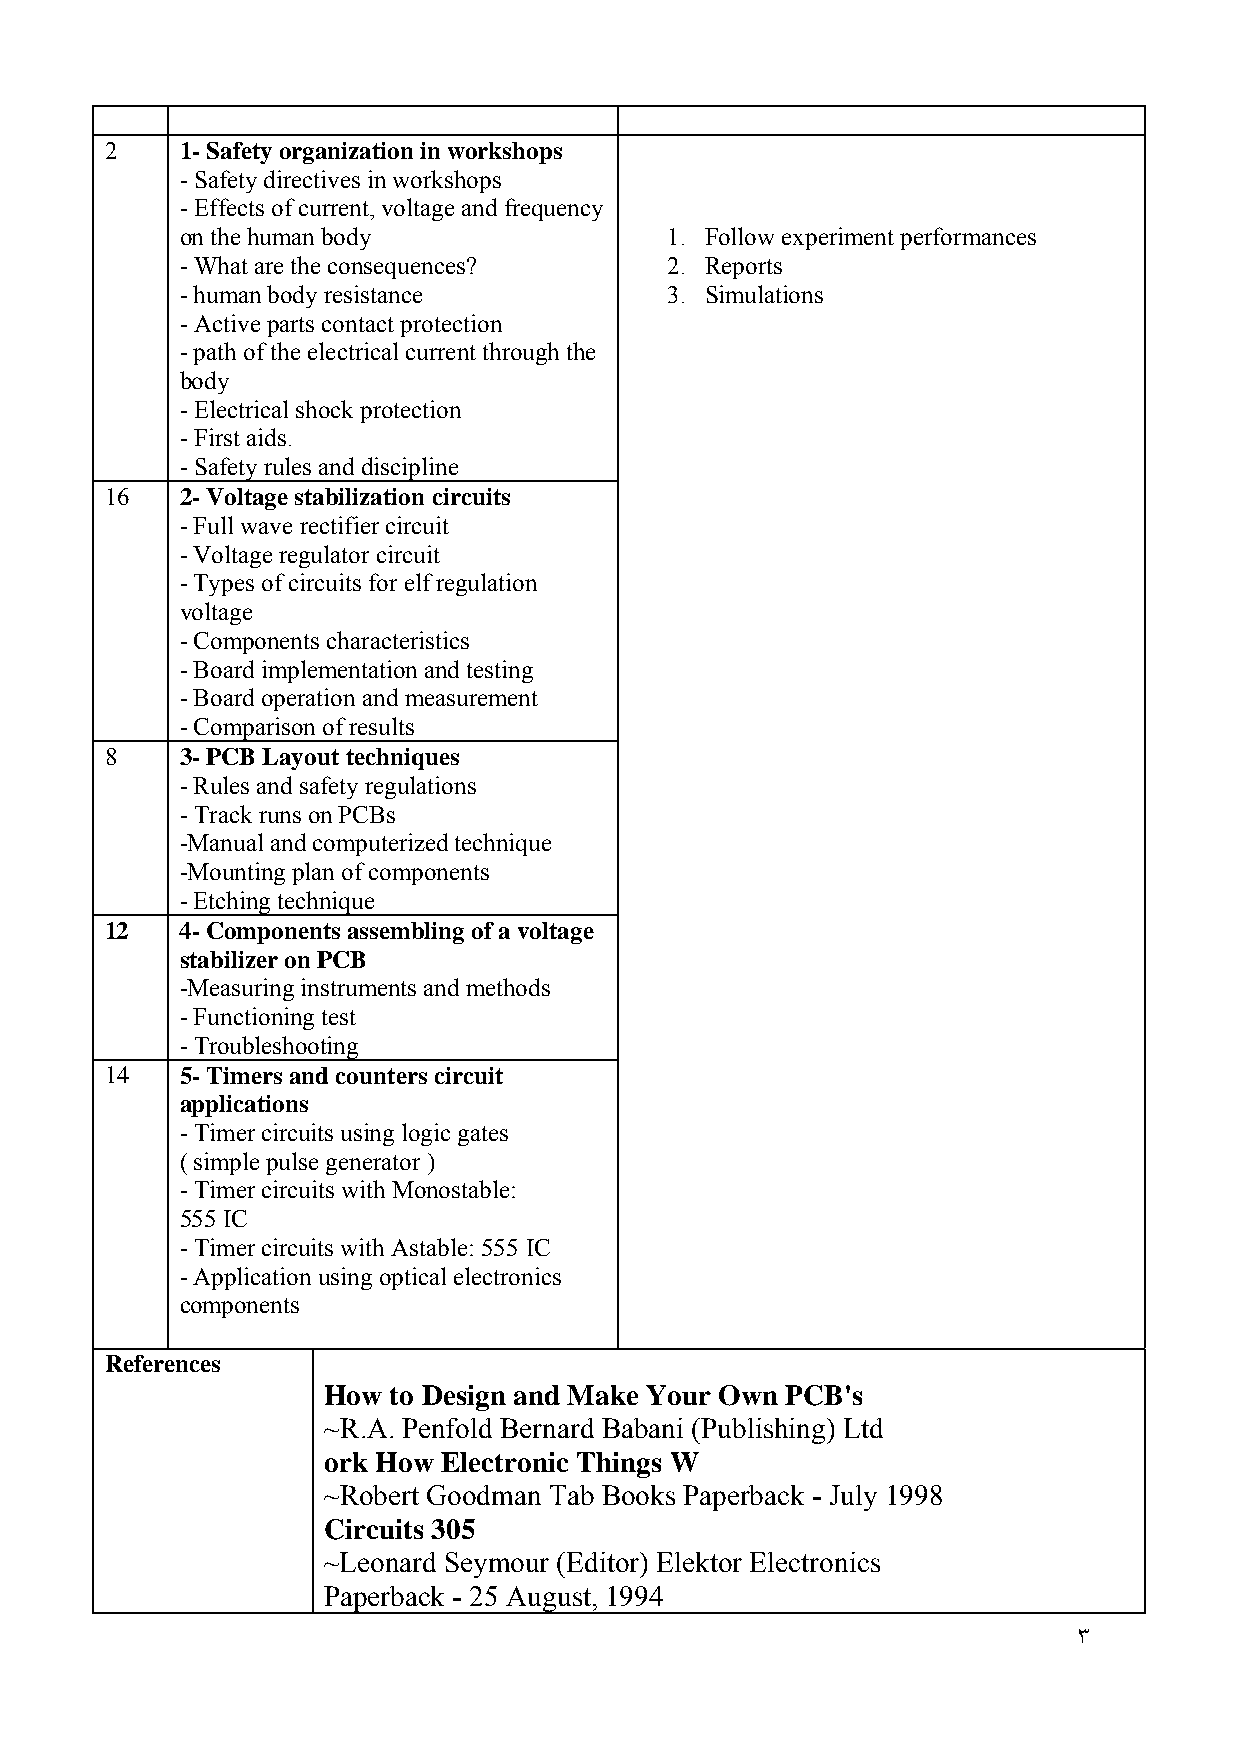
2    1- Safety organization in workshops
 - Safety directives in workshops
 - Effects of current, voltage and frequency
 on the human body               1. Follow experiment performances
 - What are the consequences?    2. Reports
 - human body resistance         3. Simulations
 - Active parts contact protection
 - path of the electrical current through the
 body
 - Electrical shock protection
 - First aids.
 - Safety rules and discipline
 16   2- Voltage stabilization circuits
 - Full wave rectifier circuit
 - Voltage regulator circuit
 - Types of circuits for elf regulation
 voltage
 - Components characteristics
 - Board implementation and testing
 - Board operation and measurement
 - Comparison of results
 8    3- PCB Layout techniques
 - Rules and safety regulations
 - Track runs on PCBs
 -Manual and computerized technique
 -Mounting plan of components
 - Etching technique
 12   4- Components assembling of a voltage
 stabilizer on PCB
 -Measuring instruments and methods
 - Functioning test
 - Troubleshooting
 14   5- Timers and counters circuit
 applications
 - Timer circuits using logic gates
 ( simple pulse generator )
 - Timer circuits with Monostable:
 555 IC
 - Timer circuits with Astable: 555 IC
 - Application using optical electronics
 components
 References
 How  to Design and Make Your Own PCB's
 ~R.A. Penfold Bernard Babani (Publishing) Ltd
 ork How Electronic Things W
 ~Robert Goodman Tab Books Paperback - July 1998
 Circuits 305
 ~Leonard Seymour (Editor) Elektor Electronics
 Paperback - 25 August, 1994
 ٣